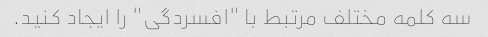
سه کلمه مختلف مرتبط با "افسردگی" را ایجاد کنید.